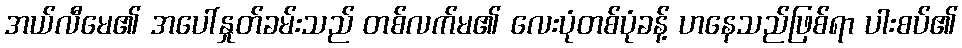
အယ်လီမေ၏ အပေါ်နှုတ်ခမ်းသည် တစ်လက်မ၏ လေးပုံတစ်ပုံခန့် ဟနေသည်ဖြစ်ရာ ပါးစပ်၏